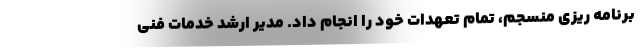
برنامه ریزی منسجم، تمام تعهدات خود را انجام داد. مدیر ارشد خدمات فنی